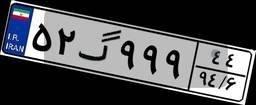
۵۲گ۹۹۹۴۴